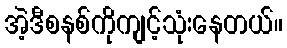
အဲ့ဒီစနစ်ကိုကျင့်သုံးနေတယ်။